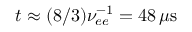
t \approx ( 8 / 3 ) \nu _ { e e } ^ { - 1 } = 4 8 \, \mu \mathrm { s }